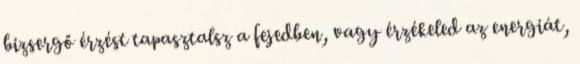
bizsergő érzést tapasztalsz a fejedben, vagy érzékeled az energiát,